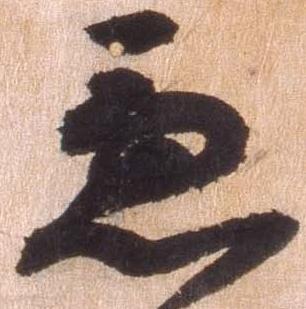
急